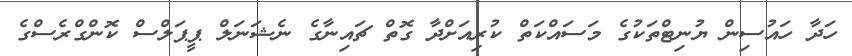
ހަދާ ހައުސިން ޔުނިޓްތަކުގެ މަސައްކަތް ކުރިއަށްދާ ގޮތް ޗައިނާގެ ނެޝަނަލް ޕީޕަލްސް ކޮންގްރެސްގެ